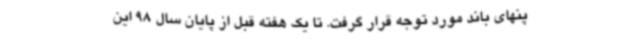
پنهای باند مورد توجه قرار گرفت. تا یک هفته قبل از پایان سال 98 این